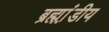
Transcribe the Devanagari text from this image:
ब्रह्म़ा़ंडीय